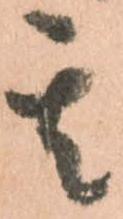
其